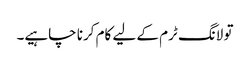
تو لانگ ٹرم کے لیے کام کرنا چاہیے۔